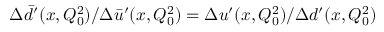
\Delta \bar { d } ^ { \prime } ( x , Q _ { 0 } ^ { 2 } ) / \Delta \bar { u } ^ { \prime } ( x , Q _ { 0 } ^ { 2 } ) = \Delta u ^ { \prime } ( x , Q _ { 0 } ^ { 2 } ) / \Delta d ^ { \prime } ( x , Q _ { 0 } ^ { 2 } )